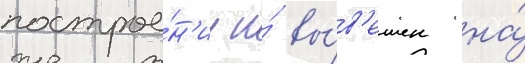
построе́н'ии и́ вы́в'ешен на́